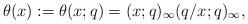
LaTeX: \begin{gather*}\theta(x):=\theta(x;q)= (x;q)_{\infty} (q/x;q)_{\infty},\end{gather*}